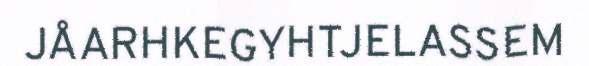
JÅARHKEGYHTJELASSEM